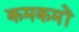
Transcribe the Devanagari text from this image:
कमकमों